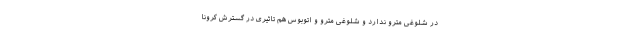
در شلوغی مترو ندارد و شلوغی مترو و اتوبوس هم تاثیری در گسترش کرونا